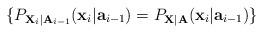
LaTeX: \begin{align*} \{ P_{ {\bf X}_i| {\bf A}_{i-1} }( {\bf x}_i| {\bf a}_{i-1} ) = P_{ {\bf X}| {\bf A} }( {\bf x}_i| {\bf a}_{i-1} ) \} \end{align*}